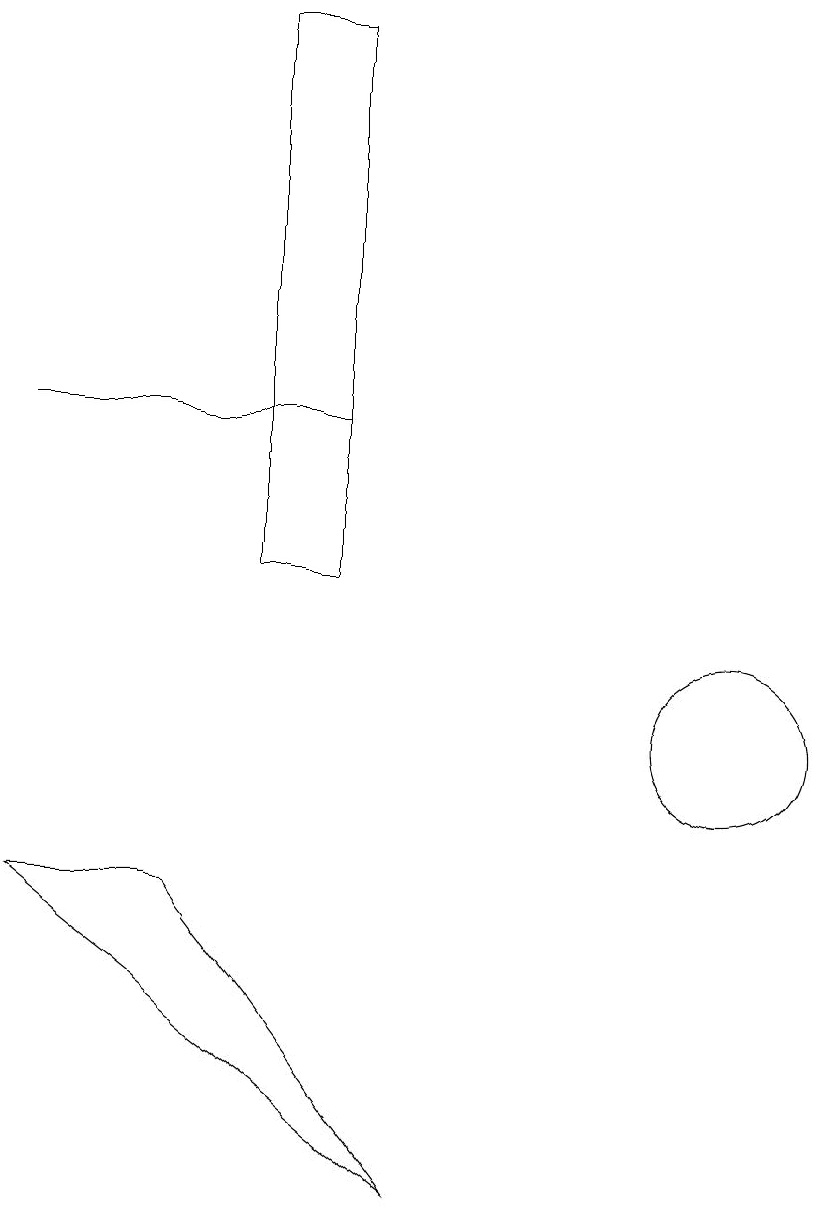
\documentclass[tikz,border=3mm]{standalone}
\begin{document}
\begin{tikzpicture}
\draw (12,10) circle (1);
\draw (6,19) rectangle (7,12);
\draw (7,14) rectangle (3,14);
\draw (5,8) -- (3,8) -- (8,4) -- cycle;
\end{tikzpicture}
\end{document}